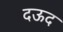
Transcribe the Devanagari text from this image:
दऊद